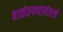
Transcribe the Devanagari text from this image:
बाळंतपणानंतरचे